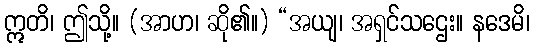
ဣတိ၊ ဤသို့။ (အာဟ၊ ဆို၏။) “အယျ၊ အရှင်သဌေး။ နဒေမိ၊